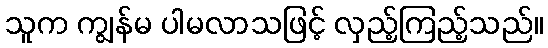
သူက ကျွန်မ ပါမလာသဖြင့် လှည့်ကြည့်သည်။